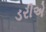
ડરીએ